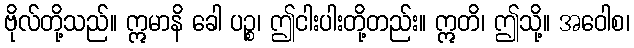
ဗိုလ်တို့သည်။ ဣမာနိ ခေါ ပဉ္စ၊ ဤငါးပါးတို့တည်း။ ဣတိ၊ ဤသို့။ အဝေါစ၊